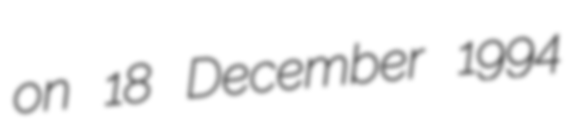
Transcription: on 18 December 1994